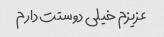
عزیزم خیلی دوستت دارم